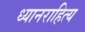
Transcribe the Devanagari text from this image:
ध्यानराहित्य